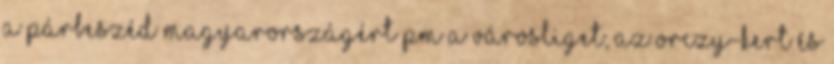
A Párbeszéd Magyarországért PM a Városliget, az Orczy-kert és